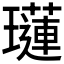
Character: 𤪼